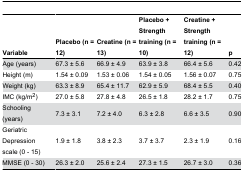
<table><thead><tr><td><b>Variable</b></td><td><b>Placebo (n = 12)</b></td><td><b>Creatine (n = 13)</b></td><td><b>Placebo + Strength training (n = 10)</b></td><td><b>Creatine + Strength training (n = 12)</b></td><td><b>p</b></td></tr></thead><tbody><tr><td>Age (years)</td><td>67.3 ± 5.6</td><td>66.9 ± 4.9</td><td>63.9 ± 3.8</td><td>66.4 ± 5.6</td><td>0.42</td></tr><tr><td>Height (m)</td><td>1.54 ± 0.09</td><td>1.53 ± 0.06</td><td>1.54 ± 0.05</td><td>1.56 ± 0.07</td><td>0.75</td></tr><tr><td>Weight (kg)</td><td>63.3 ± 8.9</td><td>65.4 ± 11.7</td><td>62.9 ± 5.9</td><td>68.4 ± 5.5</td><td>0.40</td></tr><tr><td>IMC (kg/m<sup>2</sup>)</td><td>27.0 ± 5.8</td><td>27.8 ± 4.8</td><td>26.5 ± 1.8</td><td>28.2 ± 1.7</td><td>0.75</td></tr><tr><td>Schooling (years)</td><td>7.3 ± 3.1</td><td>7.2 ± 4.0</td><td>6.3 ± 2.8</td><td>6.6 ± 3.5</td><td>0.90</td></tr><tr><td>Geriatric Depression scale (0 - 15)</td><td>1.9 ± 1.8</td><td>3.8 ± 2.3</td><td>3.7 ± 3.7</td><td>2.3 ± 1.9</td><td>0.16</td></tr><tr><td>MMSE (0 - 30)</td><td>26.3 ± 2.0</td><td>25.6 ± 2.4</td><td>27.3 ± 1.5</td><td>26.7 ± 3.0</td><td>0.36</td></tr></tbody></table>